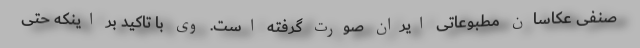
صنفی عکاسان مطبوعاتی ایران صورت گرفته است. وی با تاکید بر اینکه حتی